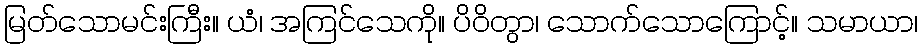
မြတ်သောမင်းကြီး။ ယံ၊ အကြင်သေကို။ ပိဝိတွာ၊ သောက်သောကြောင့်။ သမာယာ၊